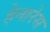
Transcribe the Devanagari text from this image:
हेनारेस